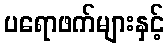
ပရောဖက်များနှင့်